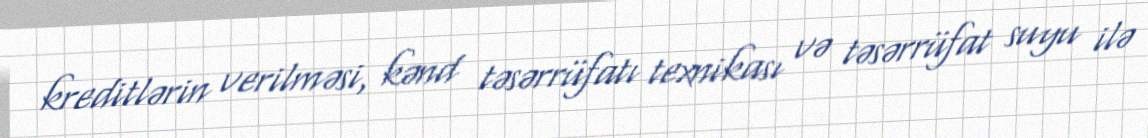
kreditlərin verilməsi, kənd təsərrüfatı texnikası və təsərrüfat suyu ilə